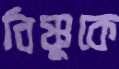
বিষ্ণুকে